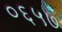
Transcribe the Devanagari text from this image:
०६५७